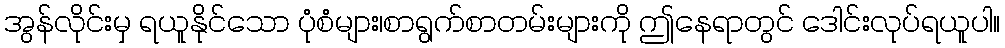
အွန်လိုင်းမှ ရယူနိုင်သော ပုံစံများ၊စာရွက်စာတမ်းများကို ဤနေရာတွင် ဒေါင်းလုပ်ရယူပါ။